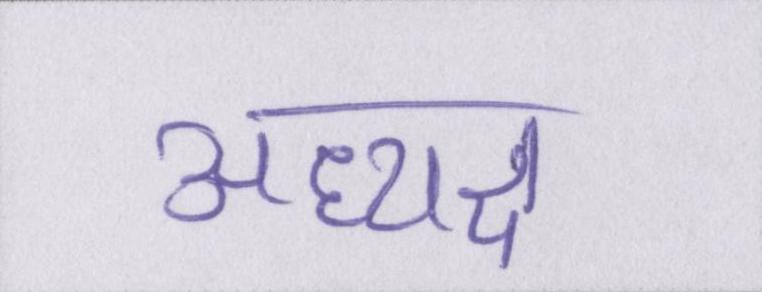
अध्यक्ष